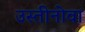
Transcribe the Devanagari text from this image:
उस्तीनोवा